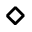
\diamond